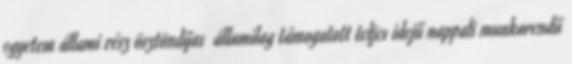
egyetem állami rész ösztöndíjas államilag támogatott teljes idejű nappali munkarendű